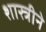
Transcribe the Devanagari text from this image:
शास्त्रीने